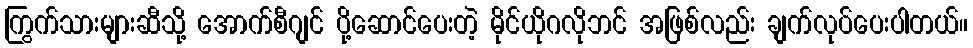
ကြွက်သားများဆီသို့ အောက်စီဂျင် ပို့ဆောင်ပေးတဲ့ မိုင်ယိုဂလိုဘင် အဖြစ်လည်း ချက်လုပ်ပေးပါတယ်။